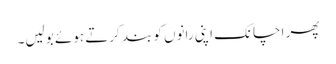
پھر اچانک اپنی رانوں کو بند کرتے ہوئے بولیں۔